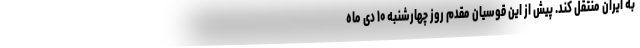
به ایران منتقل کند. پیش از این قوسیان مقدم روز چهارشنبه ۱۰ دی ماه